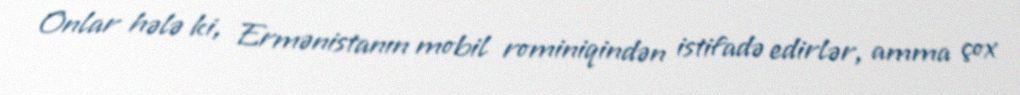
Onlar hələ ki, Ermənistanın mobil rominiqindən istifadə edirlər, amma çox